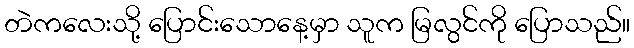
တဲကလေးသို့ ပြောင်းသောနေ့မှာ သူက မြလွင်ကို ပြောသည်။